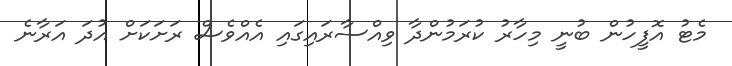
މެޓު އޮފީހުން ބުނީ މިހާރު ކުރަމުންދާ ވިއްސާރައިގައި އެއްވެސް ރަށަކަށް އުދަ އަރާނެ